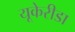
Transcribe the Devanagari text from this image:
यूकेरीडा